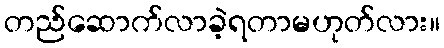
တည်ဆောက်လာခဲ့ရတာမဟုတ်လား။